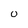
Character: O